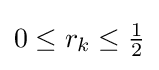
0\leq r_{k}\leq {\tfrac {1}{2}}